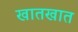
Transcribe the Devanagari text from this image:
खातखात